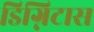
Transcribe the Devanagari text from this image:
डिग्निटास